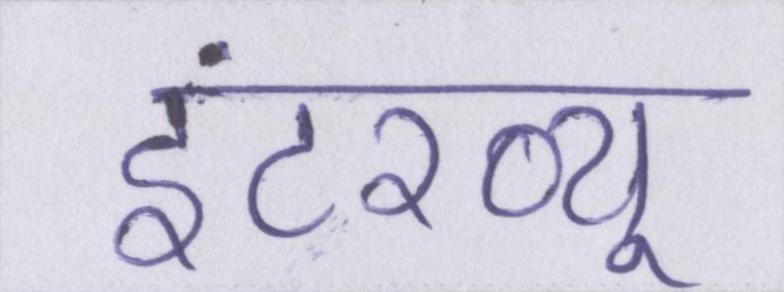
इंटरव्यू